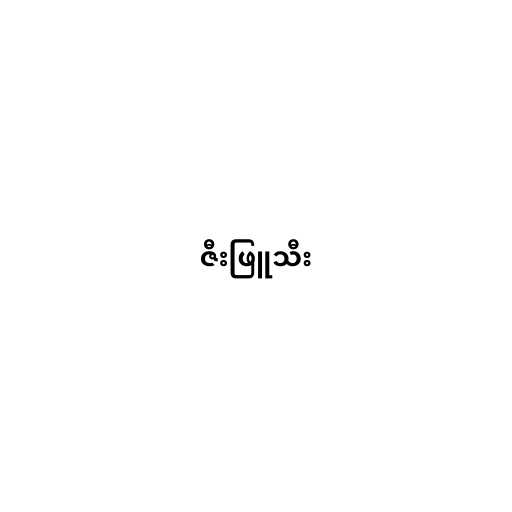
ဇီးဖြူသီး